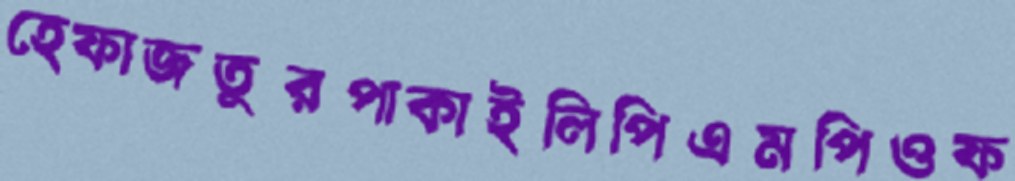
হেফাজতুরপাকাইলিপিএমপিওফ